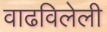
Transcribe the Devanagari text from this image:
वाढविलेली